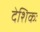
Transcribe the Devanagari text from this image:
देशिकः